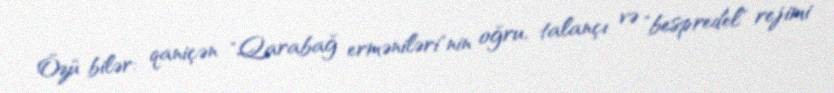
Özü bilər: qaniçən "Qarabağ erməniləri"nin oğru, talançı və "bespredel" rejimi